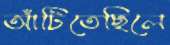
আঁটিতেছিলে